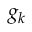
g _ { k }